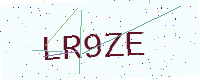
Text: LR9ZE